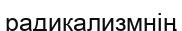
радикализмнің